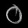
Digit: ၀